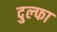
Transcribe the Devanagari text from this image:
दुल्‍फा